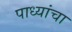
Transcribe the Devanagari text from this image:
पाध्यांचा